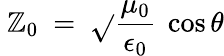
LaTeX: ~\mathbb{Z}_{0}~=~{\sqrt{}{{\frac{{\mu_{0}}}{{\epsilon_{0}}}}}}~\cos\theta